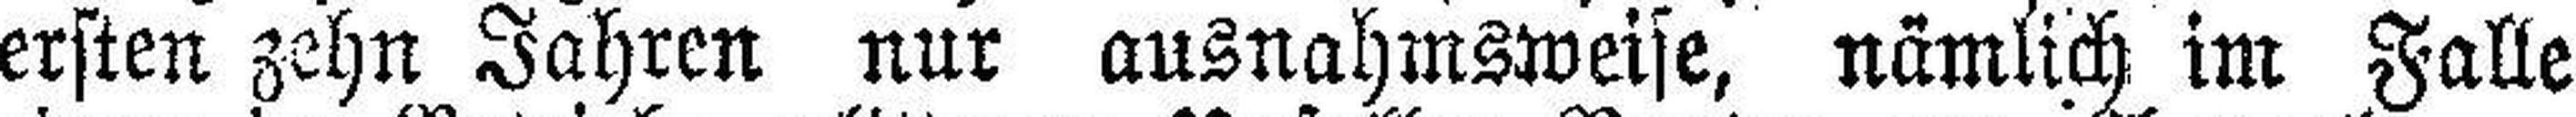
ersten zehn Jahren nur ausnahmsweise, nämlich im Falle